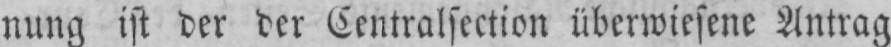
nung ist der der Centralsection überwiesene Antrag